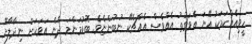
ހީވިއެއްކަމަކު އޭނަ އެވަގުތު އެއްވެސް އެއްޗެކޭ ނުބުންޏެވެ. ބޮޑުމަންމަ ދެން އަވަހަށް ނިދާލާށޭ